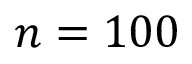
n = 1 0 0